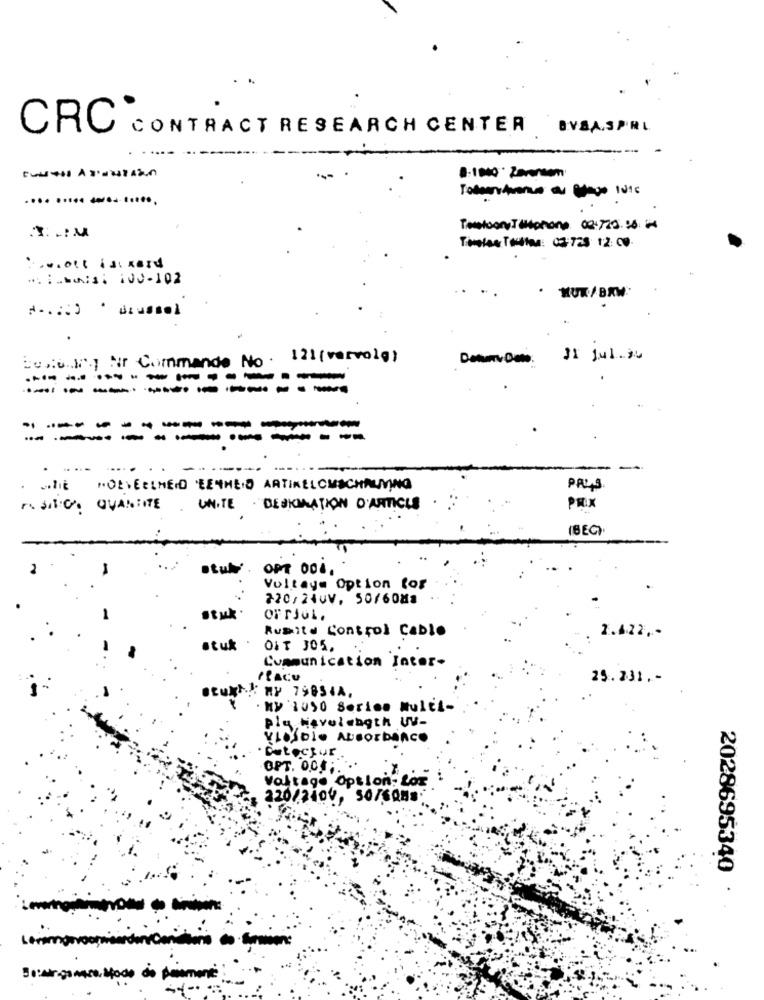
CRC CONTRACT RESEARCH CENTER
BYSA.SPRL
--
.... ..... ...........
Tomatoony IMphono 08.729.10: 14
Tomlas Tallas: 03 728 12: 00.
... . MAIS: NOV-102
· NUK/BRW.
Boston. Nr Commande No. 121(vervolg)
Datumv Data: 31Jul.26
-------
----------
---------
.
--
whit HOEVEELHEID EENHEID ARTIKELOMSCHALING
PALS
. UNITE . DESKINATION D'ARTICLE
PRIX
(BEG)
OPT 001.
Voltaya Option for
220/240V. 50/60M3
orrjul.
Ruaitd Control Cable
2.422 ,-
stuk
OIT JOS,
Communication Inter-
29.231 ,-
ouRt. MY 79854A.
Y . My 1050 Serien Multi-
pig Havolength WV-
VICOLO AUSOrBARCO
. Detoccur.
OPT. 0.01 ;.
Voltage Option- Los
220/240V, SO/CONS
2028695340